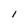
Character: l